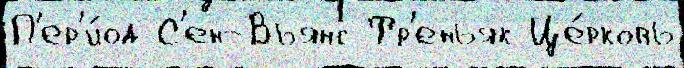
П'ер'и́од С'ен-Вьянс Тр'еньяк Це́рковь